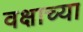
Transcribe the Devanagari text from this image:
वक्षाच्या